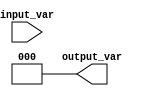
module simple_case (
    input wire [2:0] input_var,
    output wire [2:0] output_var
);

    assign output_var = 3'b000; // default value

    always @(*) begin
        case(input_var)
            3'b000: output_var = 3'b010;
            3'b001: output_var = 3'b011;
            3'b010: output_var = 3'b110;
            3'b011: output_var = 3'b111;
            default: output_var = 3'b000;
        endcase
    end

endmodule